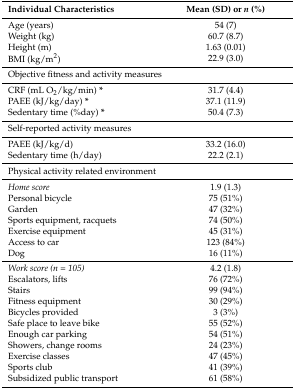
| Individual Characteristics | Mean (SD) or n (%) |
 | --- | --- |
 | Age (years) | 54 (7) |
 | Weight (kg) | 60.7 (8.7) |
 | Height (m) | 1.63 (0.01) |
 | BMI (kg/m2) | 22.9 (3.0) |
 | <COLSPAN=2> Objective fitness and activity measures |
 | CRF (mL O2/kg/min) * | 31.7 (4.4) |
 | PAEE (kJ/kg/day) * | 37.1 (11.9) |
 | Sedentary time (%day) * | 50.4 (7.3) |
 | <COLSPAN=2> Self-reported activity measures |
 | PAEE (kJ/kg/d) | 33.2 (16.0) |
 | Sedentary time (h/day) | 22.2 (2.1) |
 | <COLSPAN=2> Physical activity related environment |
 | Home score | 1.9 (1.3) |
 | Personal bicycle | 75 (51%) |
 | Garden | 47 (32%) |
 | Sports equipment, racquets | 74 (50%) |
 | Exercise equipment | 45 (31%) |
 | Access to car | 123 (84%) |
 | Dog | 16 (11%) |
 | Work score (n = 105) | 4.2 (1.8) |
 | Escalators, lifts | 76 (72%) |
 | Stairs | 99 (94%) |
 | Fitness equipment | 30 (29%) |
 | Bicycles provided | 3 (3%) |
 | Safe place to leave bike | 55 (52%) |
 | Enough car parking | 54 (51%) |
 | Showers, change rooms | 24 (23%) |
 | Exercise classes | 47 (45%) |
 | Sports club | 41 (39%) |
 | Subsidized public transport | 61 (58%) |